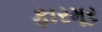
ફારમૂર